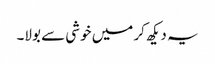
یہ دیکھ کر میں خوشی سے بولا۔